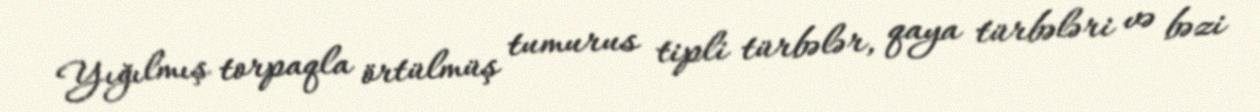
Yığılmış torpaqla örtülmüş tumurus tipli türbələr, qaya türbələri və bəzi